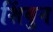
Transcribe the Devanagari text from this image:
शिंबुन